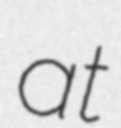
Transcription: at